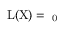
\mathrm { { { L } ( X ) = \aleph _ { 0 } } }